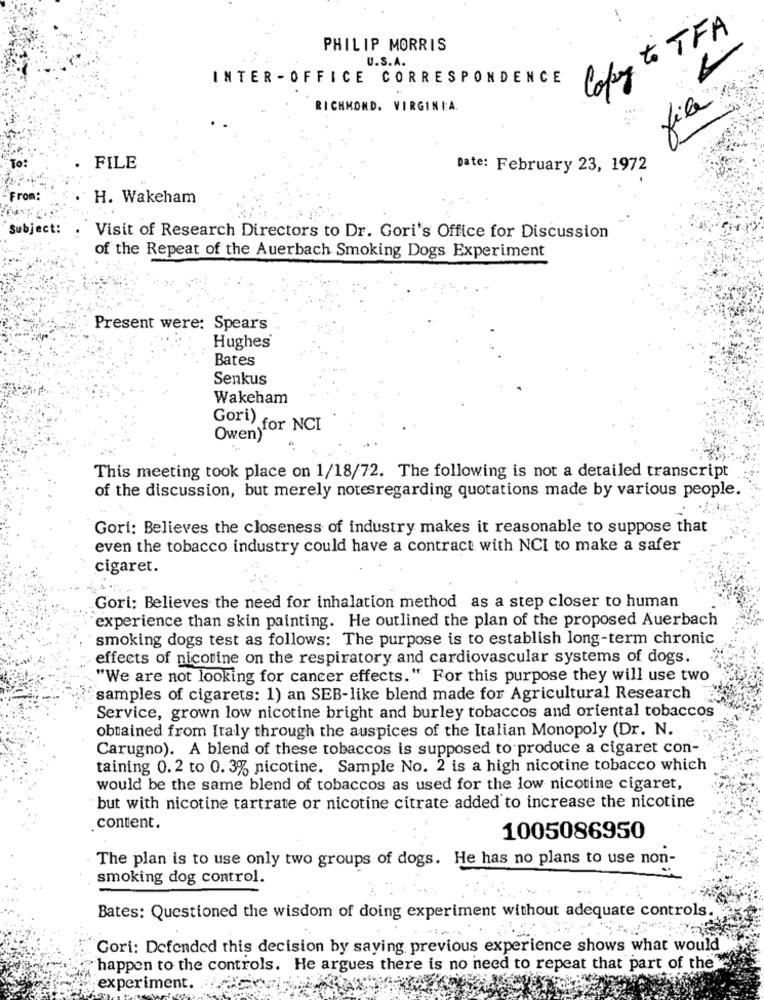
Copy to TFA
PHILIP MORRIS
U.S.A.
INTER -OFFICE CORRESPONDENCE
RICHMOND, VIRGINIA.
file
· FILE
Date: February 23, 1972
From:
H. Wakeham
Subject:
Visit of Research Directors to Dr. Gori's Office for Discussion
of the Repeat of the Auerbach Smoking Dogs Experiment
Present were: Spears
Hughes®
Bates
Senkus
Wakeham
Gori) for NCI
Owen)1
This meeting took place on 1/18/72. The following is not a detailed transcript
of the discussion, but merely notesregarding quotations made by various people.
Gori: Believes the closeness of industry makes it reasonable to suppose that
even the tobacco industry could have a contract with NCI to make a safer
cigaret.
Gori: Believes the need for inhalation method as a step closer to human
experience than skin painting. He outlined the plan of the proposed Auerbach
smoking dogs test as follows: The purpose is to establish long-term chronic
effects of nicotine on the respiratory and cardiovascular systems of dogs.
"We are not looking for cancer effects." For this purpose they will use two
samples of cigarets: 1) an SEB-like blend made for Agricultural Research
Service, grown low nicotine bright and burley tobaccos and oriental tobaccos
obtained from Italy through the auspices of the Italian Monopoly (Dr. N.
Carugno). A blend of these tobaccos is supposed to produce a cigaret con-
taining 0.2 to 0. 3% nicotine. Sample No. 2 is a high nicotine tobacco which
would be the same blend of tobaccos as used for the low nicotine cigaret,
but with nicotine tartrate or nicotine citrate added to increase the nicotine
content.
1005086950
The plan is to use only two groups of dogs. He has no plans to use non-
smoking dog control.
Bates: Questioned the wisdom of doing experiment without adequate controls.
Gori: Defended this decision by saying previous experience shows what would
happen to the controls. He argues there is no need to repeat that part of the"
experiment.